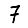
Digit: 7